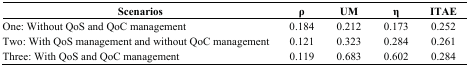
| Scenarios | ρ | UM | η | ITAE |
 | --- | --- | --- | --- | --- |
 | One: Without QoS and QoC management | 0.184 | 0.212 | 0.173 | 0.252 |
 | Two: With QoS management and without QoC management | 0.121 | 0.323 | 0.284 | 0.261 |
 | Three: With QoS and QoC management | 0.119 | 0.683 | 0.602 | 0.284 |